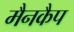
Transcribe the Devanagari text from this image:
मैनकैप